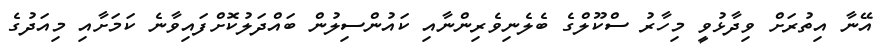
އޭނާ އިތުރަށް ވިދާޅުވީ މިހާރު ސްކޫލްގެ ބެލެނިވެރިންނާއި ކައުންސިލުން ބައްދަލުކޮށްފައިވާނެ ކަމަށާއި މިއަދުގެ